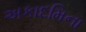
અકાદમિના